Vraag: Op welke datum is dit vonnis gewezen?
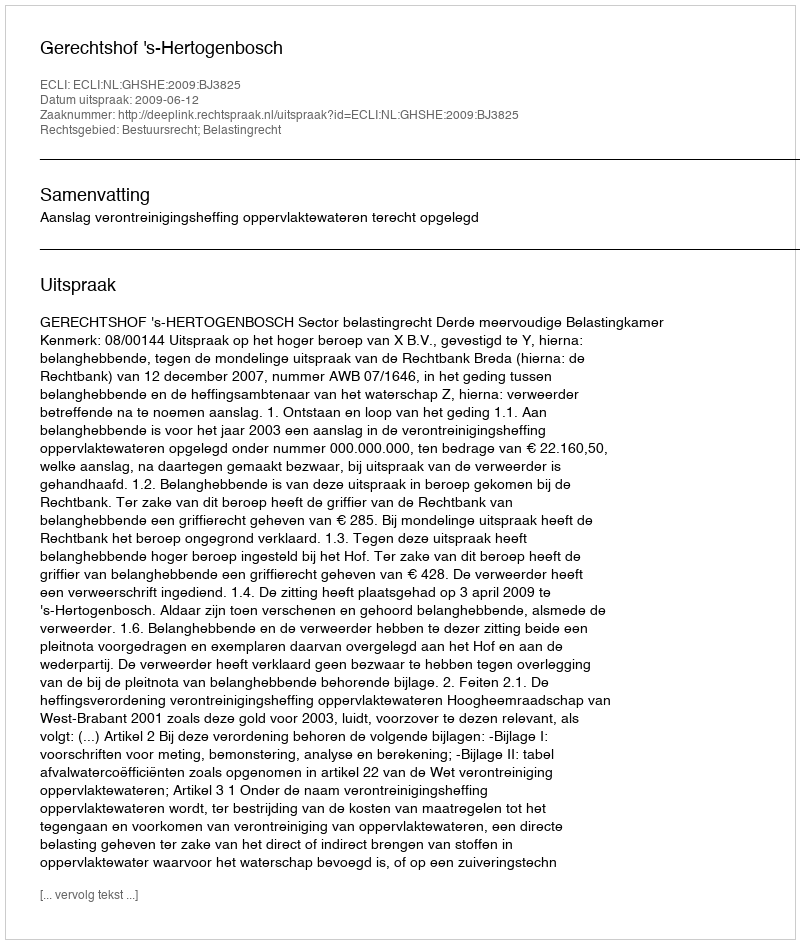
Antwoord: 2009-06-12